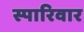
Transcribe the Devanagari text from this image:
स्पारिवार